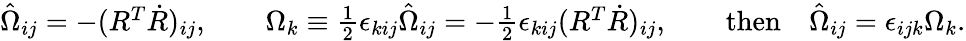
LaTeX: \begin{array}{r}{\hat{\Omega}_{ij}=-(R^{T}\dot{R})_{ij},\qquad\Omega_{k}\equiv\frac 12\epsilon_{kij}\hat{\Omega}_{ij}=-\frac 12\epsilon_{kij}(R^{T}\dot{R})_{ij},\qquad\mathrm{then}\quad\hat{\Omega}_{ij}=\epsilon_{ijk}\Omega_{k}.}\end{array}